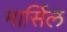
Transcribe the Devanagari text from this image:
मार्सिल